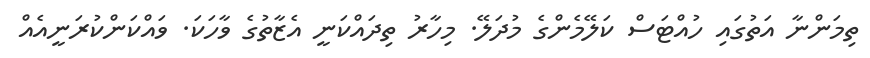
ތިމަންނާ އަތުގައި ހުއްޓަސް ކަލޭމެންގެ މުދަލޭ. މިހާރު ތިދައްކަނީ އެޒާތުގެ ވާހަކަ. ވައްކަންކުރަނީއެއް